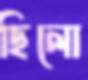
ছিলো